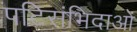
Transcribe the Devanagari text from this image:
पटिसंभिदाओं